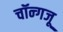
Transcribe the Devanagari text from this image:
चॉन्गजू